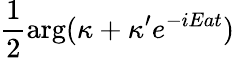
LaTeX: \frac{1}{2}\arg(\kappa+\kappa^{\prime}e^{-iEat})